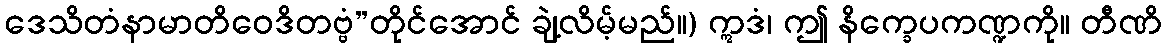
ဒေသိတံနာမာတိဝေဒိတဗ္ဗံ”တိုင်အောင် ချဲ့လိမ့်မည်။) ဣဒံ၊ ဤ နိက္ခေပကဏ္ဍကို။ တီဏိ